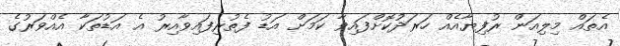
އެތައް މިލިއަން ރުފިޔާއެއް ހަރަދުކޮށްފައިވާ ކަމަށް އަޑު ފެތުރިފައިވާއިރު އެ އަޑުތަކާ އެއްވަރުގެ